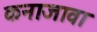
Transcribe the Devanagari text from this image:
कनाजावा